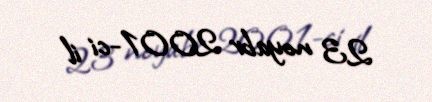
23 noyabr 2001-ci il